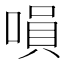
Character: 𠹚